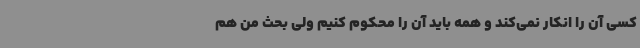
کسی آن را انکار نمی‌کند و همه باید آن را محکوم کنیم ولی بحث من هم